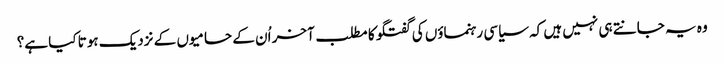
وہ یہ جانتے ہی نہیں ہیں کہ سیاسی رہنماؤں کی گفتگو کا مطلب آخر اُن کے حامیوں کے نزدیک ہوتا کیا ہے؟